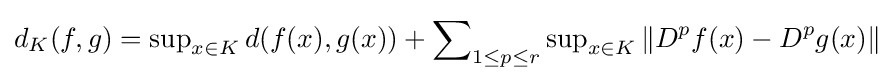
d_{K}(f,g)=\sup \nolimits _{x\in K}d(f(x),g(x))+\sum \nolimits _{1\leq p\leq r}\sup \nolimits _{x\in K}\left\|D^{p}f(x)-D^{p}g(x)\right\|